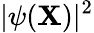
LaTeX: |\psi({\mathbf{X}})|^{2}